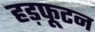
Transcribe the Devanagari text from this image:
हड़फूटन